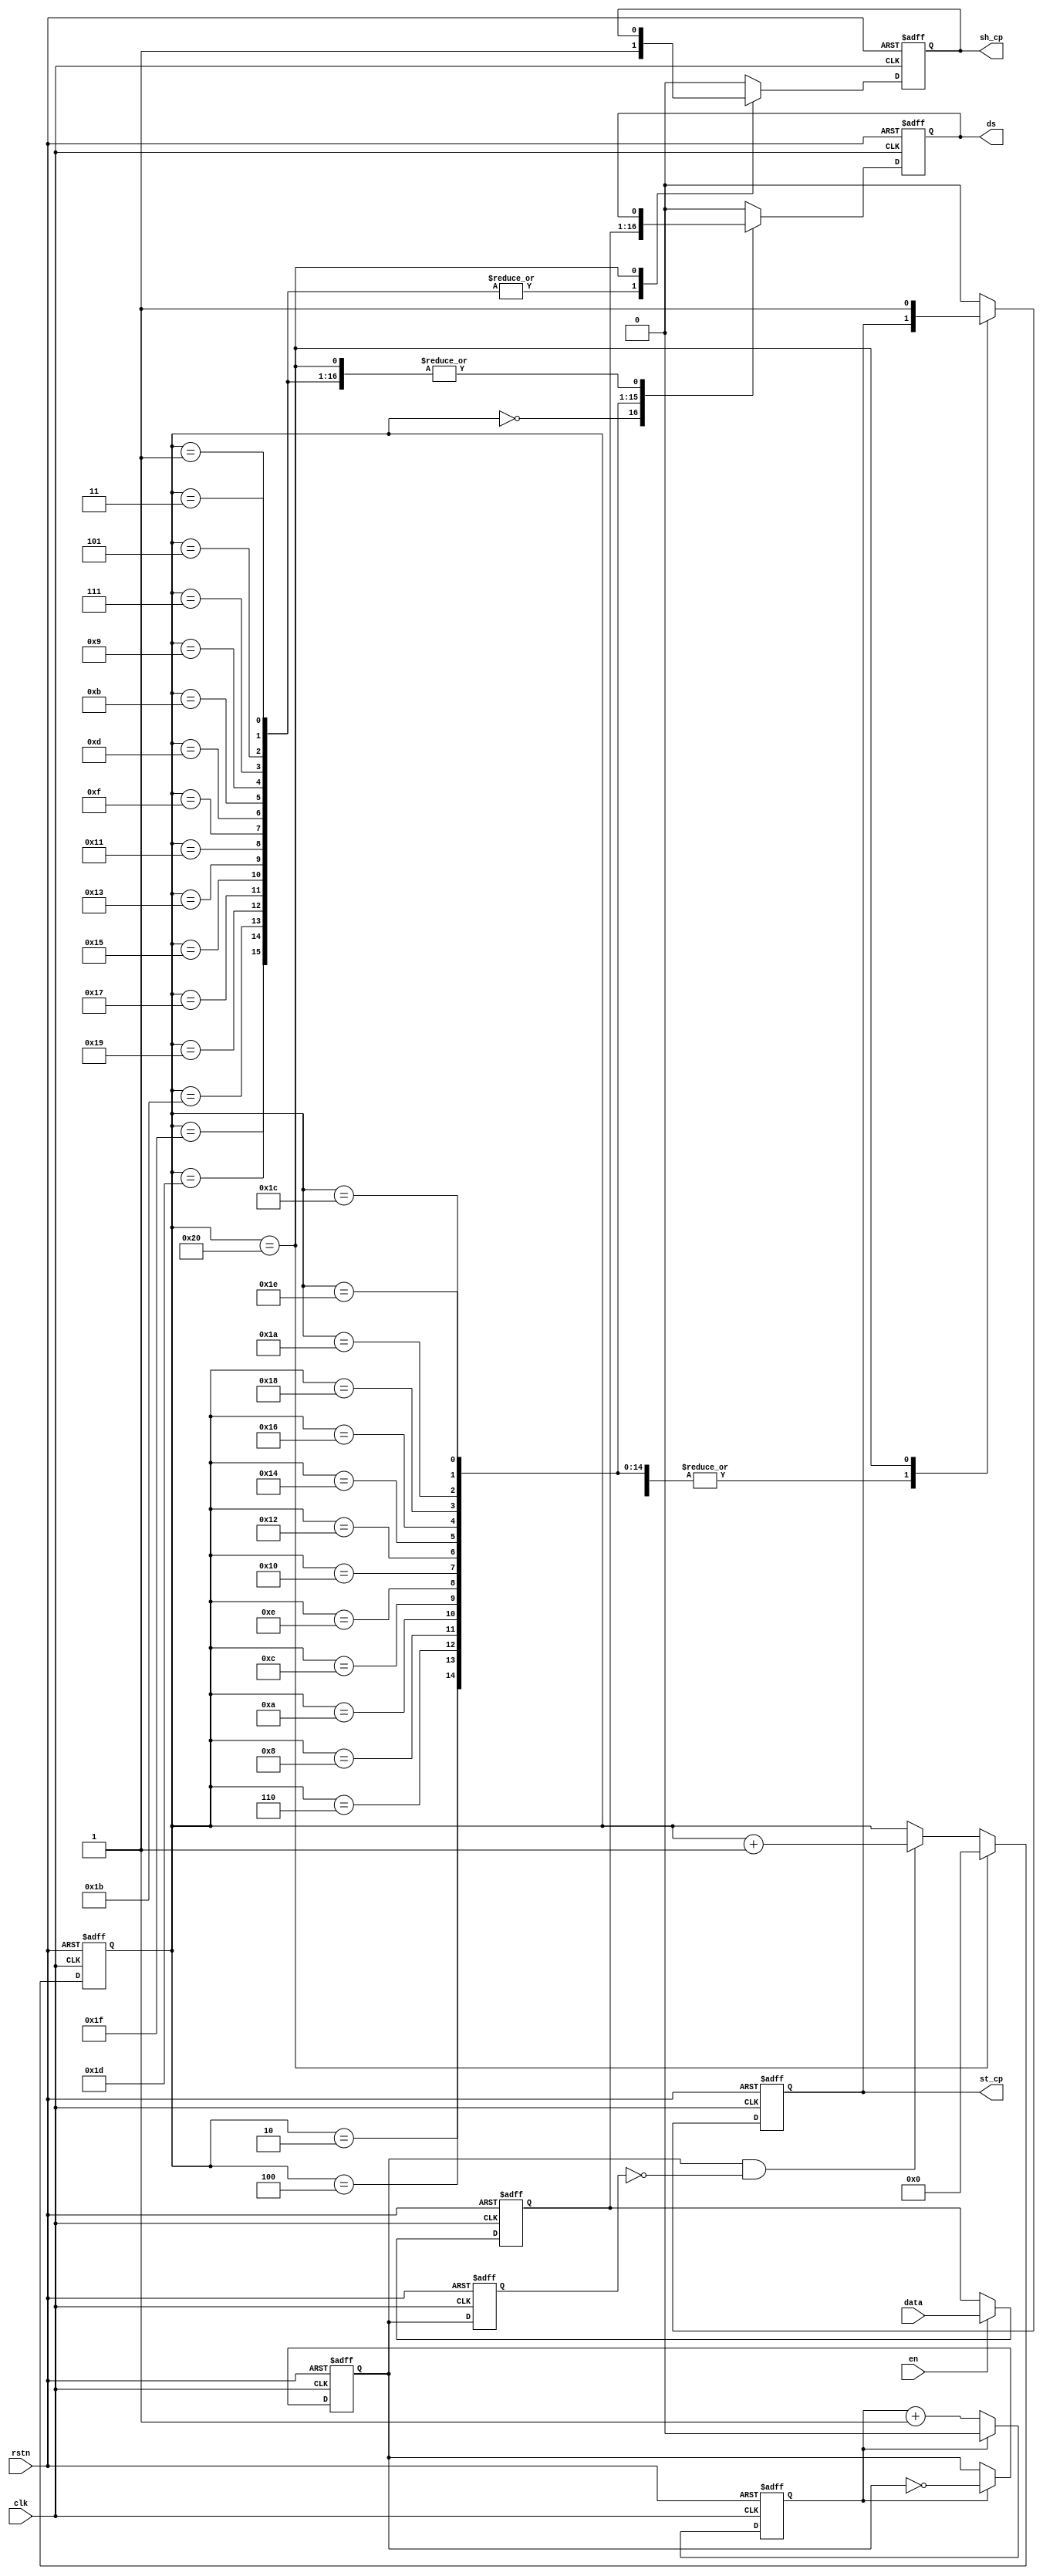
module hc595_driver(
    clk,
    rstn,
    en,
    data,
    ds,
    sh_cp,
    st_cp
);

input wire clk;
input wire rstn;
input wire en;
input wire [15:0] data;
output reg ds;
output reg sh_cp;
output reg st_cp;

//data reg;
reg [15:0] data_r;
always @(posedge clk or negedge rstn) begin
    if (!rstn) begin
        data_r <= 16'd0;
    end
    else if (en) begin
        data_r <= data;
    end
    else begin
        data_r <= data_r;
    end
end

//4 clk_divider;
reg clk_4;
reg div_cnt;
reg clk_4_d;
wire clk_4_pos;

always @(posedge clk or negedge rstn) begin
    if (!rstn) begin
        div_cnt <= 1'b0;
    end
    else if (div_cnt == 1'b1) begin
        div_cnt <= 1'b0;
    end
    else begin
        div_cnt <= div_cnt + 1'b1;
    end
end

always @(posedge clk or negedge rstn) begin
    if (!rstn) begin
       clk_4 <= 1'b0;
    end
    else if (div_cnt == 1'b1) begin
       clk_4 <= ~clk_4;
    end
    else begin
        clk_4 <= clk_4;
    end
end

always @(posedge clk  or negedge rstn) begin
    if (!rstn) begin
        clk_4_d <= 1'b0;
    end
    else begin
        clk_4_d <= clk_4;
    end
end

assign clk_4_pos = clk_4 & (!clk_4_d);


//sh_cnt;
reg [5:0] sh_cp_edge_cnt;

always @(posedge clk or negedge rstn) begin
    if (!rstn) begin
        sh_cp_edge_cnt <= 6'd0;
    end
    else if(sh_cp_edge_cnt == 6'd32) begin
        sh_cp_edge_cnt <= 6'd0;
    end
    else if (clk_4_pos) begin
        sh_cp_edge_cnt <= sh_cp_edge_cnt + 1'b1;
    end
    else begin
        sh_cp_edge_cnt <= sh_cp_edge_cnt;
    end    
end

always @(posedge clk or negedge rstn) begin
    if (!rstn) begin
        ds <= 1'b0;
        st_cp <= 1'b0;
        sh_cp <= 1'b0;
    end
    else begin
        case (sh_cp_edge_cnt)
            1, 3, 5, 7, 9, 11, 13, 15, 17, 19, 21, 23, 25, 27, 29, 31: begin
                sh_cp <= 1'b1;
            end
            0:    begin
                ds <= data_r[15];
                sh_cp <= 1'b0;
                st_cp <= 1'b0;
            end
            2:    begin
                ds <= data_r[14];
                sh_cp <= 1'b0;
            end
            4:    begin
                ds <= data_r[13];
                sh_cp <= 1'b0;
            end
            6:    begin
                ds <= data_r[12];
                sh_cp <= 1'b0;
            end
            8:    begin
                ds <= data_r[11];
                sh_cp <= 1'b0;
            end
            10:    begin
                ds <= data_r[10];
                sh_cp <= 1'b0;
            end
            12:    begin
                ds <= data_r[9];
                sh_cp <= 1'b0;
            end
            14:    begin
                ds <= data_r[8];
                sh_cp <= 1'b0;
            end
            16:    begin
                ds <= data_r[7];
                sh_cp <= 1'b0;
            end
            18:    begin
                ds <= data_r[6];
                sh_cp <= 1'b0;
            end
            20:    begin
                ds <= data_r[5];
                sh_cp <= 1'b0;
            end
            22:    begin
                ds <= data_r[4];
                sh_cp <= 1'b0;
            end
            24:    begin
                ds <= data_r[3];
                sh_cp <= 1'b0;
            end
            26:    begin
                ds <= data_r[2];
                sh_cp <= 1'b0;
            end
            28:    begin
                ds <= data_r[1];
                sh_cp <= 1'b0;
            end
            30:    begin
                ds <= data_r[0];
                sh_cp <= 1'b0;
            end
            32:    begin
                st_cp <= 1'b1;
            end
            default:    begin
                ds <= 1'b0;
                sh_cp <= 1'b0;
                st_cp <= 1'b0;
            end
        endcase
    end
end

endmodule